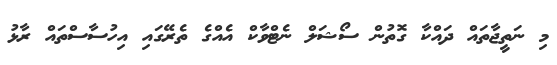
މި ނަތީޖާތައް ދައްކާ ގޮތުން ސޯޝަލް ނެޓްވާކް އެއްގެ ތެރޭގައި އިހުސާސްތައް ރާޅު